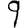
Digit: 9